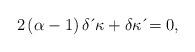
LaTeX: \begin{align*}2\left( \alpha-1\right) \delta \,\acute{}\, \kappa+\delta \kappa \,\acute{}=0, \end{align*}